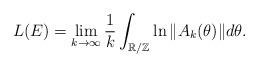
LaTeX: \begin{align*} L(E)=\lim_{k\rightarrow\infty} \frac{1}{k}\int_{\mathbb{R}/\mathbb{Z}} \ln \| A_k(\theta)\|d\theta. \end{align*}